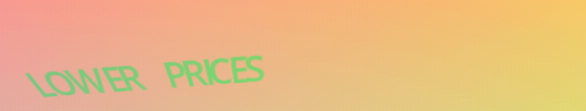
LOWER PRICES